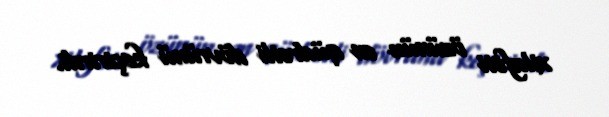
xilafəti özünün ən qüdrətli dövrünü keçirirdi.